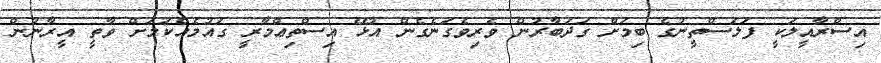
އިސްރާއީލަކީ ފަލަސްތީނުގެ ބިމަށް ގަދަބާރުން ވެރިވެގަނެގެން އުޅޭ އިސްތިޢްމާރީ ގައުމެއްކަމަށް ވާތީ އީރާނުން